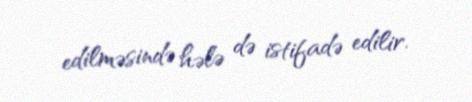
edilməsində hələ də istifadə edilir.